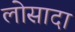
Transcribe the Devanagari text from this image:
लोसादा